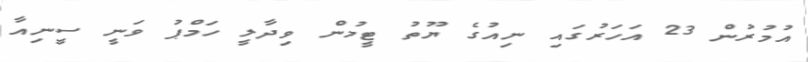
އުމުރުން 23 އަހަރުގައި ނިއުގެ ޔޫތު ޓީމުން ވިދާލީ ހަމްޕު ވަނީ ސީނިއާ